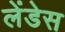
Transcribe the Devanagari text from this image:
लेंडेस